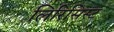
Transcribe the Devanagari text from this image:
लिरिसिस्ट